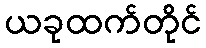
ယခုထက်တိုင်